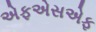
એફએસએફ